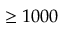
\geq 1 0 0 0